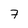
Character: 7